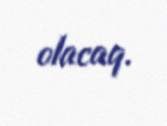
olacaq.